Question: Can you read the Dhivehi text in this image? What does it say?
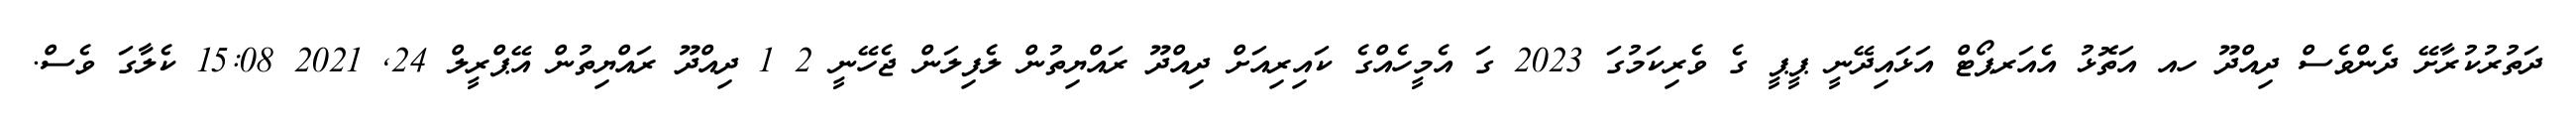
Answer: ދަތުރުކުރާށޭ ދެންވެސް ދިއްދޫ ހއ އަތޮޅު އެއަރޕޯޓް އަޅައިދޭނީ ޕީޕީ ގެ ވެރިކަމުގަ 2023 ގަ އެމީހެއްގެ ކައިރިއަށް ދިއްދޫ ރައްޔިތުން ލެފިލަން ޖެހޭނީ 2 1 ދިއްދޫ ރައްޔިތުން އޭޕްރީލް 24, 2021 15:08 ކެލާގަ ވެސް.